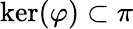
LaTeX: \ker(\varphi)\subset\pi